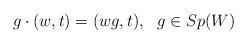
LaTeX: \begin{align*} g\cdot (w,t) = ( wg, t), \ \ g\in Sp(W)\end{align*}